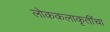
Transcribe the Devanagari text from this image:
लोककलाकृतींचा